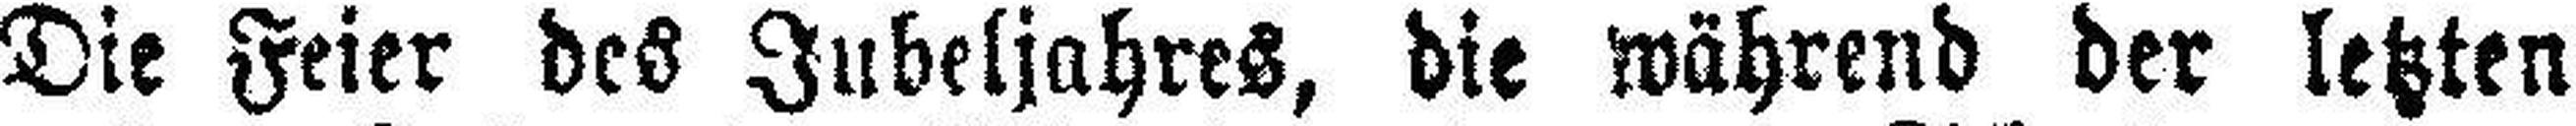
Die Feier des Jubeljahres, die während der letzten